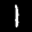
Label: 1